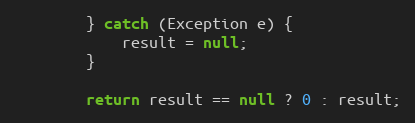
Language: Java
		} catch (Exception e) {
			result = null;
		}

		return result == null ? 0 : result;